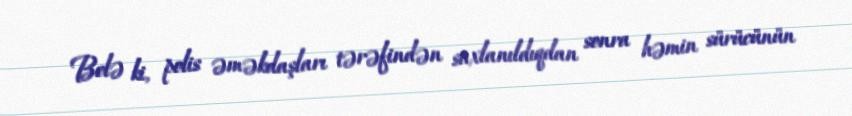
Belə ki, polis əməkdaşları tərəfindən saxlanıldıqdan sonra həmin sürücünün